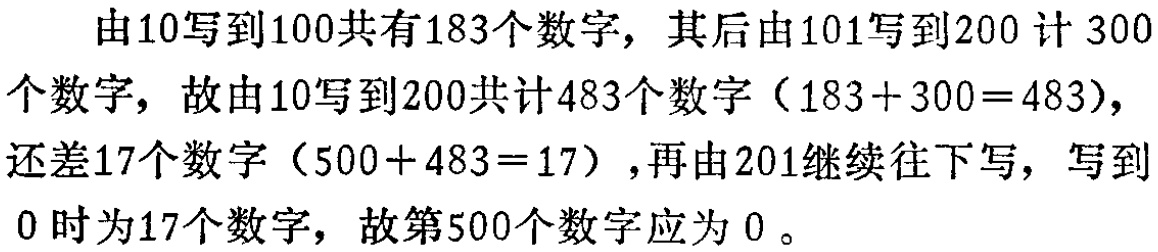
由10写到100共有183个数字，其后由101写到200计 300个数字，故由10写到200共计483个数字（183+300=483），还差17个数字（500+483=17），再由201继续往下写，写到0时为17个数字，故第500个数字应为 0 。